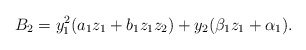
\begin{gather*}B_2= y_1^2(a_1 z_1+b_1 z_1 z_2) +y_2(\beta_1 z_1+ \alpha_1).\end{gather*}